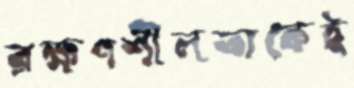
রক্ষণশীলতাকেই